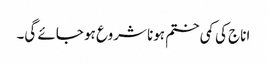
اناج کی کمی ختم ہونا شروع ہو جائے گی۔